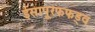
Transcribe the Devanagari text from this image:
ईसापूरफफड़्व